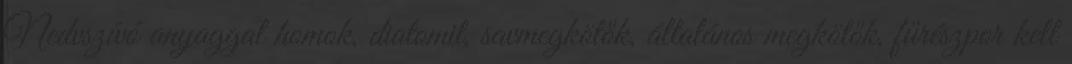
Nedvszívó anyaggal homok, diatomit, savmegkötők, általános megkötők, fűrészpor kell